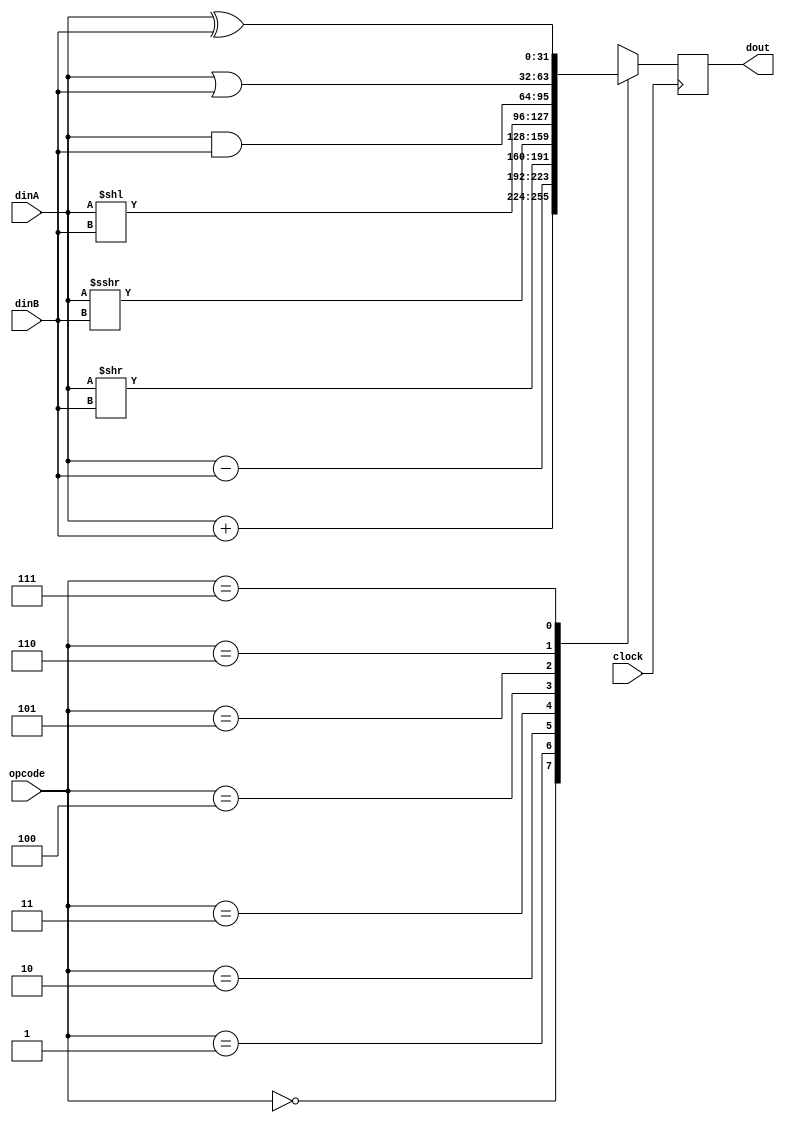
module top (
	input clock,
	input [31:0] dinA, dinB,
	input [2:0] opcode,
	output reg [31:0] dout
);
	always @(posedge clock) begin
		case (opcode)
		0: dout <= dinA + dinB;
		1: dout <= dinA - dinB;
		2: dout <= dinA >> dinB;
		3: dout <= $signed(dinA) >>> dinB;
		4: dout <= dinA << dinB;
		5: dout <= dinA & dinB;
		6: dout <= dinA | dinB;
		7: dout <= dinA ^ dinB;
		endcase
	end
endmodule